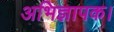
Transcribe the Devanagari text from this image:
अभिज्ञापक।